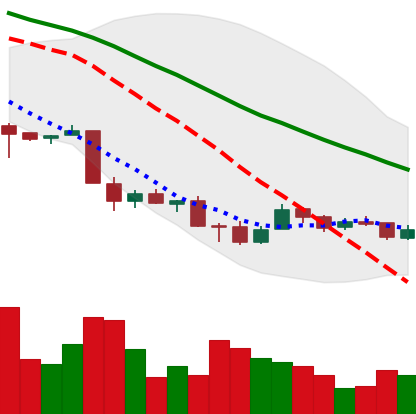
Ticker: XMR-USD
Chart end date: 2018-12-04
Forward return: -16.203%
Label: down_7plus